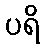
ပရိ